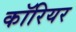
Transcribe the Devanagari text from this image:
कॉरियर